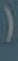
(